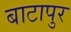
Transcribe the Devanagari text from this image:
बाटापुर